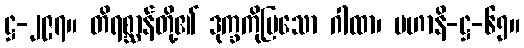
ဋ္ဌ-၂၉၇။ တိရစ္ဆာန်တို့၏ ဒုက္ခကိုပြသော ဂါထာ၊ မဟာနိ-ဋ္ဌ-၆၅။